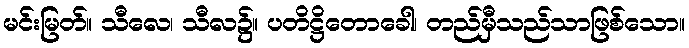
မင်းမြတ်။ သီလေ၊ သီလ၌။ ပတိဋ္ဌိတောခေါ၊ တည်မှီသည်သာဖြစ်သော။